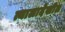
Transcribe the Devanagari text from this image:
त्यालादेखील